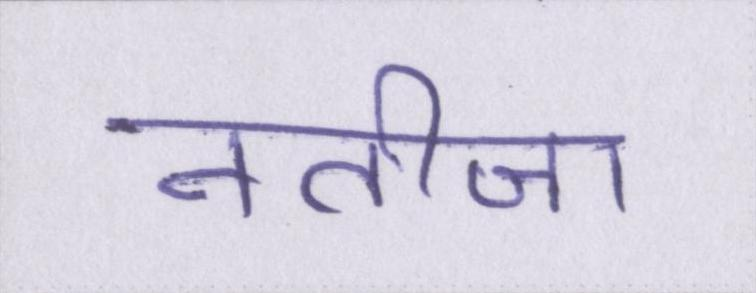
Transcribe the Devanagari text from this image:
नतीजा